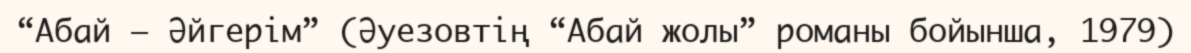
“Абай – Әйгерім” (Әуезовтің “Абай жолы” романы бойынша, 1979)